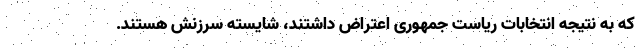
که به نتیجه انتخابات ریاست جمهوری اعتراض داشتند، شایسته سرزنش هستند.